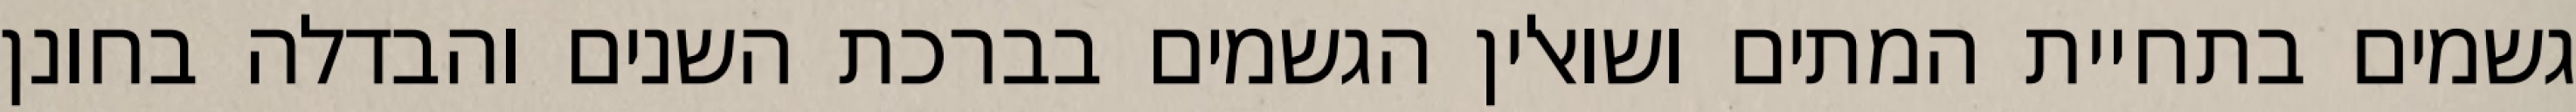
גשמים בתחיית המתים ושואלין הגשמים בברכת השנים והבדלה בחונן